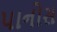
પાનોસ